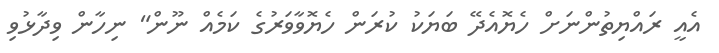
އެއީ ރައްޔިތުންނަށް ހެޔޮއެދޭ ބަޔަކު ކުރަން ހެޔޮވާވަރުގެ ކަމެއް ނޫން" ނިހާން ވިދާޅުވި